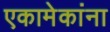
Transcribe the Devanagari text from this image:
एकामेकांना